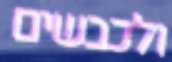
ולכבשים